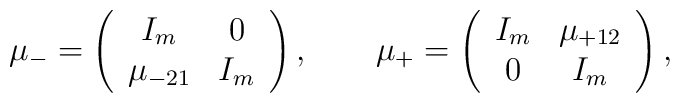
\mu_- = \left( \begin{array}{cc}I_m & 0 \\\mu_{-21} & I_m\end{array} \right), \qquad\mu_+ = \left( \begin{array}{cc}I_m & \mu_{+12} \\0 & I_m\end{array} \right),